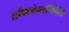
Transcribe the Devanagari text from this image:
सॉफ्टवेअरनिर्मिती